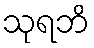
သုရဘိ